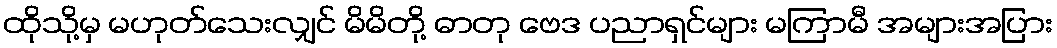
ထိုသို့မှ မဟုတ်သေးလျှင် မိမိတို့ ဓာတု ဗေဒ ပညာရှင်များ မကြာမီ အများအပြား